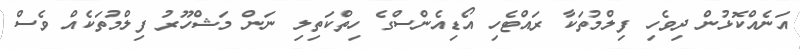
އަނެއްކޮޅުން ދިވެހި ފިލްމުތަކާ ރައްޓެހި އޯޑިއެންސްގެ ހިތްކަތިލި ނަން މަޝްހޫރު ފިލްމުތަކެއް ވެސް